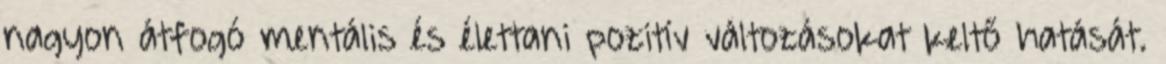
nagyon átfogó mentális és élettani pozitív változásokat keltő hatását.